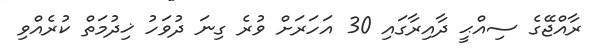
ރާއްޖޭގެ ސިއްޙީ ދާއިރާގައި 30 އަހަރަށް ވުރެ ގިނަ ދުވަހު ޚިދުމަތް ކުރެއްވި